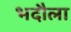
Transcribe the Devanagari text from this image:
भदौला